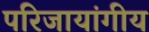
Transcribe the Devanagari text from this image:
परिजायांगीय